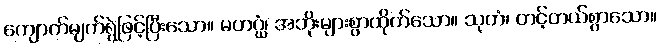
ကျောက်မျက်ရွဲဖြင့်ပြီးသော။ မဟဂ္ဃံ၊ အဘိုးများစွာထိုက်သော။ သုတံ၊ တင့်တယ်စွာသော။